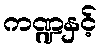
ကဏ္ဍနှင့်